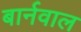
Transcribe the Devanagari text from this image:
बार्नवाल